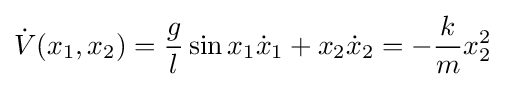
{\dot {V}}(x_{1},x_{2})={\frac {g}{l}}\sin x_{1}{\dot {x}}_{1}+x_{2}{\dot {x}}_{2}=-{\frac {k}{m}}x_{2}^{2}